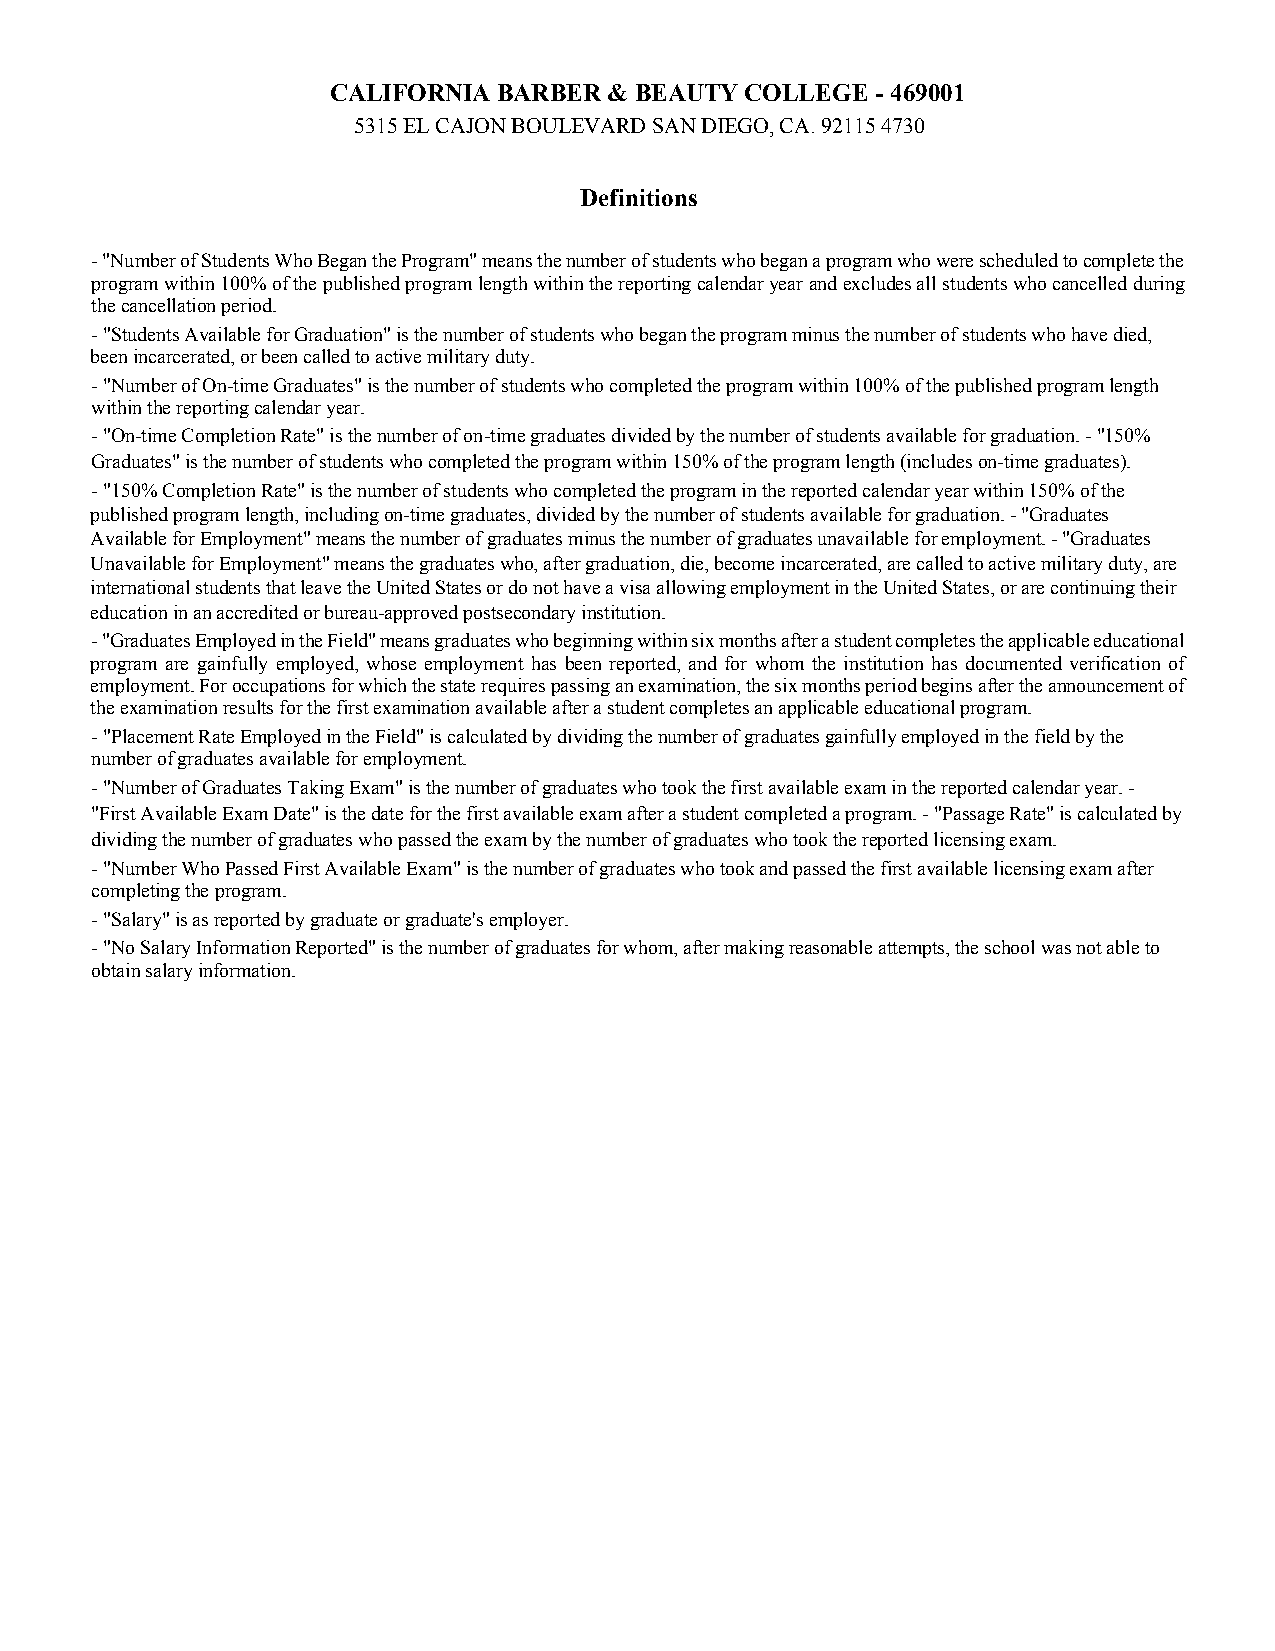
CALIFORNIA BARBER & BEAUTY COLLEGE  - 469001
 5315 EL CAJON BOULEVARD SAN DIEGO, CA. 92115 4730
 Definitions
 - "Number of Students Who Began the Program" means the number of students who began a program who were scheduled to complete the
 program within 100% of the published program length within the reporting calendar year and excludes all students who cancelled during
 the cancellation period.
 - "Students Available for Graduation" is the number of students who began the program minus the number of students who have died,
 been incarcerated, or been called to active military duty.
 - "Number of On-time Graduates" is the number of students who completed the program within 100% of the published program length
 within the reporting calendar year.
 - "On-time Completion Rate" is the number of on-time graduates divided by the number of students available for graduation. - "150%
 Graduates" is the number of students who completed the program within 150% of the program length (includes on-time graduates).
 - "150% Completion Rate" is the number of students who completed the program in the reported calendar year within 150% of the
 published program length, including on-time graduates, divided by the number of students available for graduation. - "Graduates
 Available for Employment" means the number of graduates minus the number of graduates unavailable for employment. - "Graduates
 Unavailable for Employment" means the graduates who, after graduation, die, become incarcerated, are called to active military duty, are
 international students that leave the United States or do not have a visa allowing employment in the United States, or are continuing their
 education in an accredited or bureau-approved postsecondary institution.
 - "Graduates Employed in the Field" means graduates who beginning within six months after a student completes the applicable educational
 program are gainfully employed, whose employment has been reported, and for whom the institution has documented verification of
 employment. For occupations for which the state requires passing an examination, the six months period begins after the announcement of
 the examination results for the first examination available after a student completes an applicable educational program.
 - "Placement Rate Employed in the Field" is calculated by dividing the number of graduates gainfully employed in the field by the
 number of graduates available for employment.
 - "Number of Graduates Taking Exam" is the number of graduates who took the first available exam in the reported calendar year. -
 "First Available Exam Date" is the date for the first available exam after a student completed a program. - "Passage Rate" is calculated by
 dividing the number of graduates who passed the exam by the number of graduates who took the reported licensing exam.
 - "Number Who Passed First Available Exam" is the number of graduates who took and passed the first available licensing exam after
 completing the program.
 - "Salary" is as reported by graduate or graduate's employer.
 - "No Salary Information Reported" is the number of graduates for whom, after making reasonable attempts, the school was not able to
 obtain salary information.